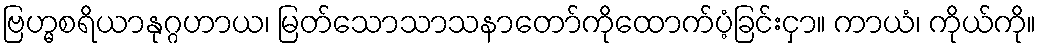
ဗြဟ္မစရိယာနုဂ္ဂဟာယ၊ မြတ်သောသာသနာတော်ကိုထောက်ပံ့ခြင်းငှာ။ ကာယံ၊ ကိုယ်ကို။